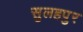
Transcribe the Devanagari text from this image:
सुलहपुर